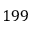
1 9 9